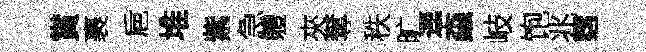
賞裹巵堆紫急軆夾奪秩旷逕螙岐饱兆霑